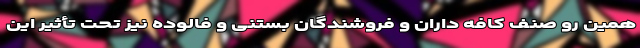
همین رو صنف کافه داران و فروشندگان بستنى و فالوده نیز تحت تأثیر این